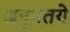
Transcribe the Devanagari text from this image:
अनुमतये